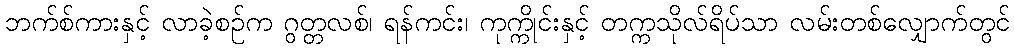
ဘက်စ်ကားနှင့် လာခဲ့စဉ်က ဂွတ္တလစ်၊ ရန်ကင်း၊ ကုက္ကိုင်းနှင့် တက္ကသိုလ်ရိပ်သာ လမ်းတစ်လျှောက်တွင်